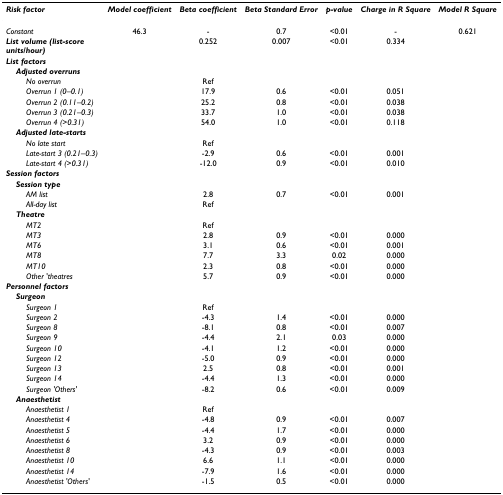
<table><thead><tr><td><b><i>Risk factor</i></b></td><td><b><i>Model coefficient</i></b></td><td><b><i>Beta coefficient</i></b></td><td><b><i>Beta Standard Error</i></b></td><td><b><i>p-value</i></b></td><td><b><i>Charge in R Square</i></b></td><td><b><i>Model R Square</i></b></td></tr></thead><tbody><tr><td><i>Constant</i></td><td>46.3</td><td>-</td><td>0.7</td><td>&lt;0.01</td><td>-</td><td>0.621</td></tr><tr><td><b><i>List volume (list-score units/hour)</i></b></td><td></td><td>0.252</td><td>0.007</td><td>&lt;0.01</td><td>0.334</td><td></td></tr><tr><td><b><i>List factors</i></b></td><td></td><td></td><td></td><td></td><td></td><td></td></tr><tr><td> <b><i>Adjusted overruns</i></b></td><td></td><td></td><td></td><td></td><td></td><td></td></tr><tr><td><i>No overrun</i></td><td></td><td>Ref</td><td></td><td></td><td></td><td></td></tr><tr><td><i>Overrun 1 (0–0.1)</i></td><td></td><td>17.9</td><td>0.6</td><td>&lt;0.01</td><td>0.051</td><td></td></tr><tr><td><i>Overrun 2 (0.11–0.2)</i></td><td></td><td>25.2</td><td>0.8</td><td>&lt;0.01</td><td>0.038</td><td></td></tr><tr><td><i>Overrun 3 (0.21–0.3)</i></td><td></td><td>33.7</td><td>1.0</td><td>&lt;0.01</td><td>0.038</td><td></td></tr><tr><td><i>Overrun 4 (&gt;0.31)</i></td><td></td><td>54.0</td><td>1.0</td><td>&lt;0.01</td><td>0.118</td><td></td></tr><tr><td> <b><i>Adjusted late-starts</i></b></td><td></td><td></td><td></td><td></td><td></td><td></td></tr><tr><td><i>No late start</i></td><td></td><td>Ref</td><td></td><td></td><td></td><td></td></tr><tr><td><i>Late-start 3 (0.21–0.3)</i></td><td></td><td>-2.9</td><td>0.6</td><td>&lt;0.01</td><td>0.001</td><td></td></tr><tr><td><i>Late-start 4 (&gt;0.31)</i></td><td></td><td>-12.0</td><td>0.9</td><td>&lt;0.01</td><td>0.010</td><td></td></tr><tr><td><b><i>Session factors</i></b></td><td></td><td></td><td></td><td></td><td></td><td></td></tr><tr><td> <b><i>Session type</i></b></td><td></td><td></td><td></td><td></td><td></td><td></td></tr><tr><td><i>AM list</i></td><td></td><td>2.8</td><td>0.7</td><td>&lt;0.01</td><td>0.001</td><td></td></tr><tr><td><i>All-day list</i></td><td></td><td>Ref</td><td></td><td></td><td></td><td></td></tr><tr><td> <b><i>Theatre</i></b></td><td></td><td></td><td></td><td></td><td></td><td></td></tr><tr><td><i>MT2</i></td><td></td><td>Ref</td><td></td><td></td><td></td><td></td></tr><tr><td><i>MT3</i></td><td></td><td>2.8</td><td>0.9</td><td>&lt;0.01</td><td>0.000</td><td></td></tr><tr><td><i>MT6</i></td><td></td><td>3.1</td><td>0.6</td><td>&lt;0.01</td><td>0.001</td><td></td></tr><tr><td><i>MT8</i></td><td></td><td>7.7</td><td>3.3</td><td>0.02</td><td>0.000</td><td></td></tr><tr><td><i>MT10</i></td><td></td><td>2.3</td><td>0.8</td><td>&lt;0.01</td><td>0.000</td><td></td></tr><tr><td><i>Other &#x27;theatres</i></td><td></td><td>5.7</td><td>0.9</td><td>&lt;0.01</td><td>0.000</td><td></td></tr><tr><td><b><i>Personnel factors</i></b></td><td></td><td></td><td></td><td></td><td></td><td></td></tr><tr><td> <b><i>Surgeon</i></b></td><td></td><td></td><td></td><td></td><td></td><td></td></tr><tr><td><i>Surgeon 1</i></td><td></td><td>Ref</td><td></td><td></td><td></td><td></td></tr><tr><td><i>Surgeon 2</i></td><td></td><td>-4.3</td><td>1.4</td><td>&lt;0.01</td><td>0.000</td><td></td></tr><tr><td><i>Surgeon 8</i></td><td></td><td>-8.1</td><td>0.8</td><td>&lt;0.01</td><td>0.007</td><td></td></tr><tr><td><i>Surgeon 9</i></td><td></td><td>-4.4</td><td>2.1</td><td>0.03</td><td>0.000</td><td></td></tr><tr><td><i>Surgeon 10</i></td><td></td><td>-4.1</td><td>1.2</td><td>&lt;0.01</td><td>0.000</td><td></td></tr><tr><td><i>Surgeon 12</i></td><td></td><td>-5.0</td><td>0.9</td><td>&lt;0.01</td><td>0.000</td><td></td></tr><tr><td><i>Surgeon 13</i></td><td></td><td>2.5</td><td>0.8</td><td>&lt;0.01</td><td>0.001</td><td></td></tr><tr><td><i>Surgeon 14</i></td><td></td><td>-4.4</td><td>1.3</td><td>&lt;0.01</td><td>0.000</td><td></td></tr><tr><td><i>Surgeon &#x27;Others&#x27;</i></td><td></td><td>-8.2</td><td>0.6</td><td>&lt;0.01</td><td>0.009</td><td></td></tr><tr><td> <b><i>Anaesthetist</i></b></td><td></td><td></td><td></td><td></td><td></td><td></td></tr><tr><td><i>Anaesthetist 1</i></td><td></td><td>Ref</td><td></td><td></td><td></td><td></td></tr><tr><td><i>Anaesthetist 4</i></td><td></td><td>-4.8</td><td>0.9</td><td>&lt;0.01</td><td>0.007</td><td></td></tr><tr><td><i>Anaesthetist 5</i></td><td></td><td>-4.4</td><td>1.7</td><td>&lt;0.01</td><td>0.000</td><td></td></tr><tr><td><i>Anaesthetist 6</i></td><td></td><td>3.2</td><td>0.9</td><td>&lt;0.01</td><td>0.000</td><td></td></tr><tr><td><i>Anaesthetist 8</i></td><td></td><td>-4.3</td><td>0.9</td><td>&lt;0.01</td><td>0.003</td><td></td></tr><tr><td><i>Anaesthetist 10</i></td><td></td><td>6.6</td><td>1.1</td><td>&lt;0.01</td><td>0.000</td><td></td></tr><tr><td><i>Anaesthetist 14</i></td><td></td><td>-7.9</td><td>1.6</td><td>&lt;0.01</td><td>0.000</td><td></td></tr><tr><td><i>Anaesthetist &#x27;Others&#x27;</i></td><td></td><td>-1.5</td><td>0.5</td><td>&lt;0.01</td><td>0.000</td><td></td></tr></tbody></table>